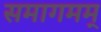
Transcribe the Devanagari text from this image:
समागमम्